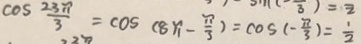
\cos \frac { 2 3 \pi } { 3 } = \cos ( 8 \pi - \frac { \pi } { 3 } ) = \cos ( - \frac { \pi } { 3 } ) = \frac { 1 } { 2 }